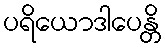
ပရိယောဒါပေန္တိ